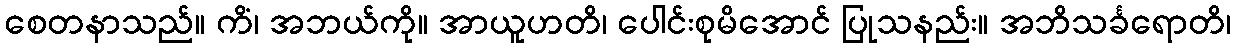
စေတနာသည်။ ကိံ၊ အဘယ်ကို။ အာယူဟတိ၊ ပေါင်းစုမိအောင် ပြုသနည်း။ အဘိသင်္ခရောတိ၊